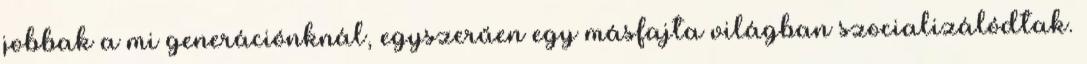
jobbak a mi generációnknál, egyszerűen egy másfajta világban szocializálódtak.